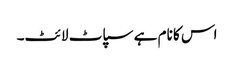
اس کا نام ہے سپاٹ لائٹ۔